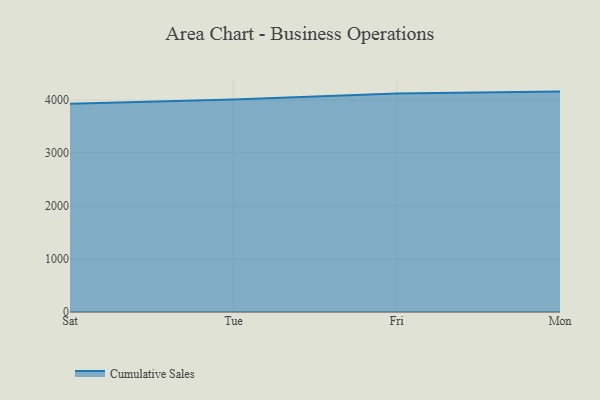
{"axis": {"x": "Day", "y": "Production Output"}, "legend": ["Cumulative Sales"], "data": [{"x": "Sat", "y": 3927.1, "type": "Cumulative Sales"}, {"x": "Tue", "y": 4009.9, "type": "Cumulative Sales"}, {"x": "Fri", "y": 4121.7, "type": "Cumulative Sales"}, {"x": "Mon", "y": 4158.6, "type": "Cumulative Sales"}]}